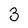
Character: 3